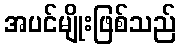
အပင်မျိုးဖြစ်သည်